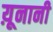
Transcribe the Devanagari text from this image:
य़ूनानी